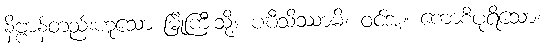
နိဗ္ဗာန်တည်းဟူသော မြို့ကြီးသို့။ ပဎီသိဿာမိ၊ ဝင်အံ့။ ကောစိပုရိသော၊